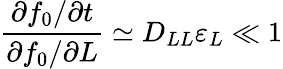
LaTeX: \frac{\partial f_{0}/\partial t}{{\partial f_{0}}/{\partial L}}\simeq D_{LL}\varepsilon_{L}\ll 1